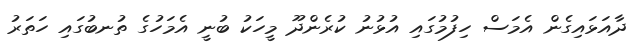
ދާއަޅައިގެން އެމަސް ހިފުމުގައި އުޅުނު ކުރެންދޫ މީހަކު ބުނީ އެމަހުގެ ތުނބުގައި ހަތަރު